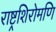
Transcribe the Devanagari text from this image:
राष्ट्रशिरोमणि